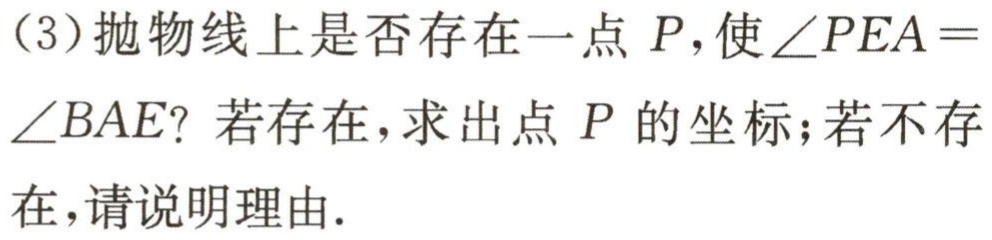
（3）抛物线上是否存在一点 \(P\)，使\(\angle PEA = \angle BAE\)？若存在，求出点 \(P\) 的坐标；若不存在，请说明理由.